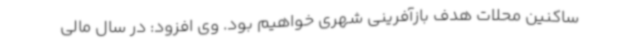
ساکنین محلات هدف بازآفرینی شهری خواهیم بود. وی افزود: در سال مالی